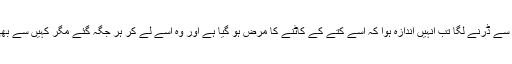
بچے کے والد کا کہنا ہے کہ جب ان کا بیٹا پانی سے ڈرنے لگا تب انہیں اندازہ ہوا کہ اسے کتے کے کاٹنے کا مرض ہو گیا ہے اور وہ اسے لے کر ہر جگہ گئے مگر کہیں سے بھی ویکسین نہ ملی تو بالآخر انہیں لاڑکانہ آنا پڑا۔